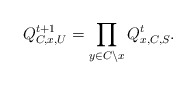
\begin{align*}Q_{C,x,U}^{t+1}=\prod_{y\in C\setminus x}Q_{x,C,S}^t.\end{align*}